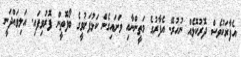
އެފާރަކުވެސް ދޮރުކޮޅެއް ނުހުރޭ. އެފާރުގެ މަތީންނާއި ވަށައިގެން ކަޅުފަށުވީގެ ބޯފޮތީން ފޮރުވިފައި. އަލިވައްދަނީ